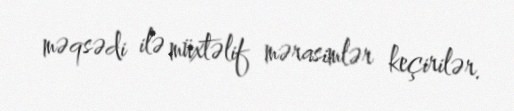
məqsədi ilə müxtəlif mərasimlər keçirilər.